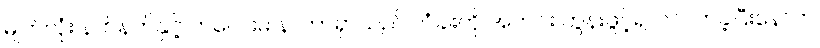
မျက်လုံး နက်နက်နှင့် ကလေးမ နာတာရှာသည် တံခါးကို အတင်း တွန်းဖွင့်၍ ဝင်လာခဲ့ပြီးနောက်